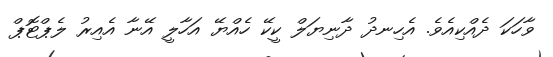
ވާހަކަ ދެއްކިއެވެ. އެހިނދު ދާނިޔަލް ކީކޭ ހެއްޔޭ އަހާލީ އޭނާ އެއިރު ލެޕްޓޮޕް